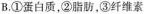
B.①蛋白质，②脂肪，③纤维素